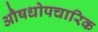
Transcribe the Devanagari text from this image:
औषधोपचारिक